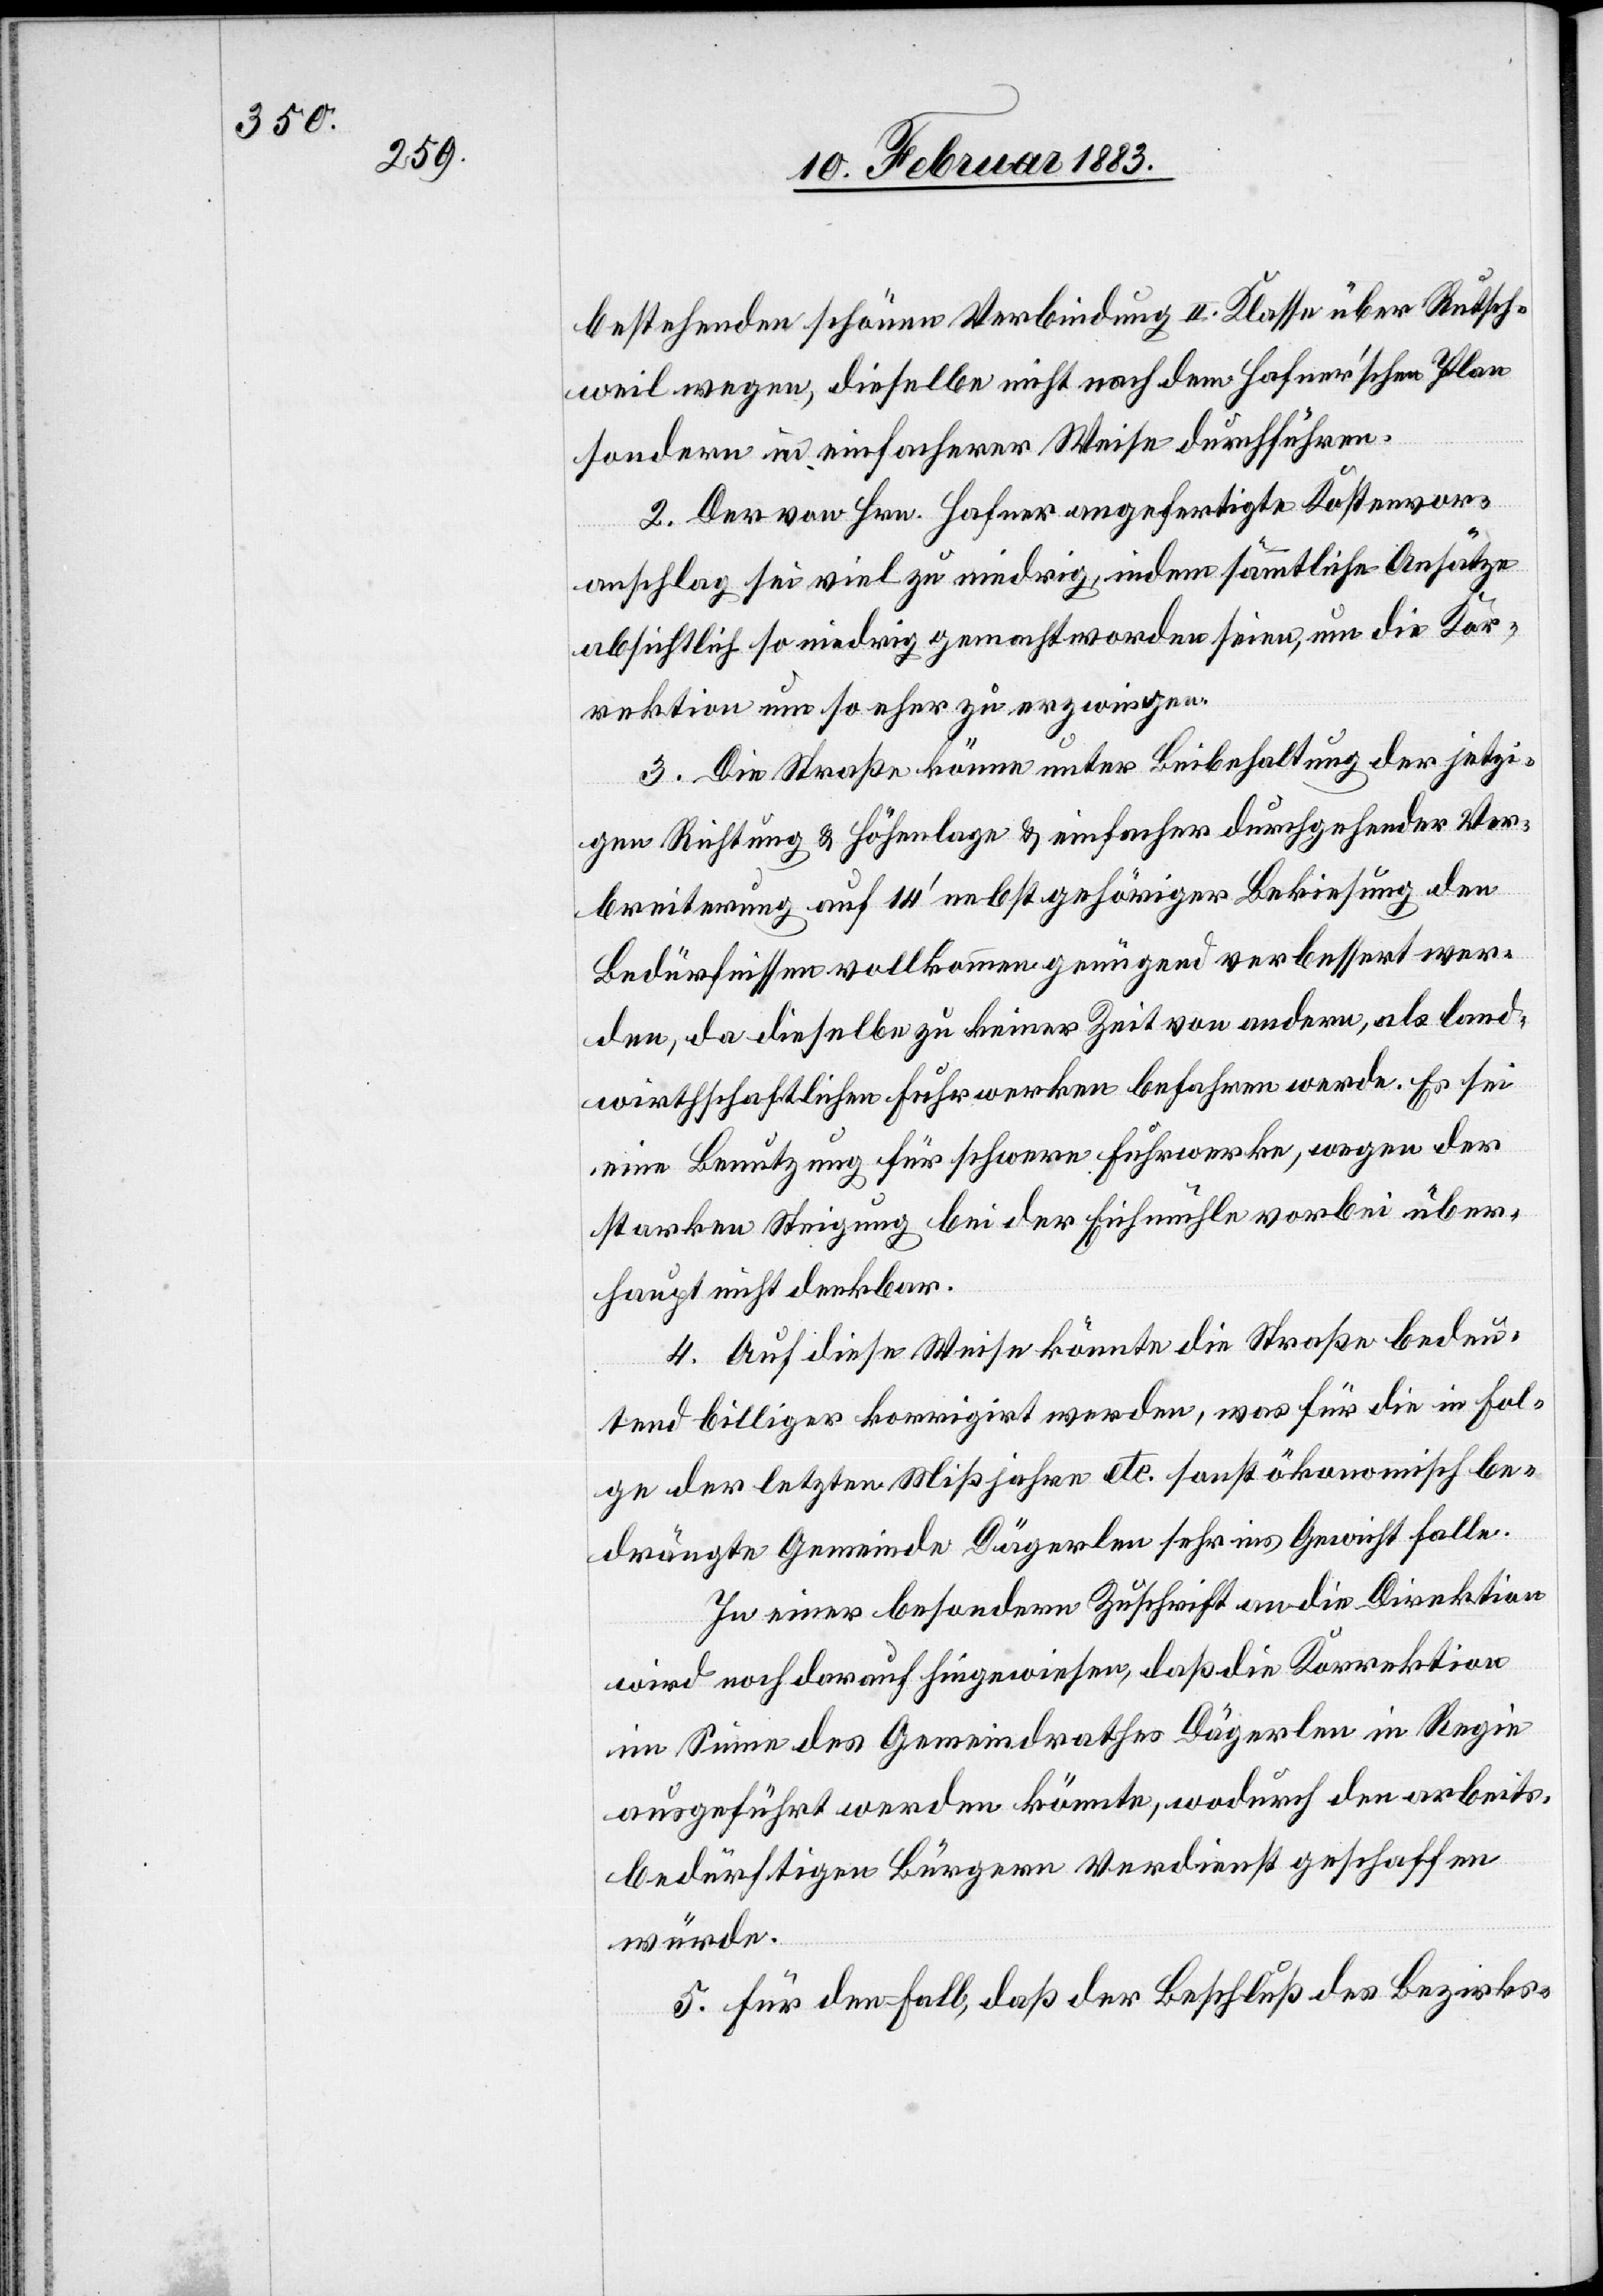
bestehenden schönen Verbindung II. Klasse über Rutsch¬
weil wegen, dieselbe nicht nach dem Hafnerʼschen Plan
sondern in einfacherer Weise durchführen.
2. Der von Hrn. Hafner angefertigte Kostenvor¬
anschlag sei viel zu niedrig, indem sämmtliche Ansätze
absichtlich so niedrig gemacht worden seien, um die Kor¬
rektion um so eher zu erzwingen.
3. Die Straße könne unter Beibehaltung der jetzi¬
gen Richtung & Höhenlage & einfacher durchgehender Ver¬
breiterung auf 14ʼ nebst gehöriger Bekiesung den
Bedürfnissen vollkommen genügend verbessert wer¬
den, da dieselbe zu keiner Zeit von andern, als land¬
wirthschaftlichen Fuhrwerken befahren werde. Es sei
eine Benutzung für schwere Fuhrwerke, wegen der
starken Steigung bei der Eichmühle vorbei über¬
haupt nicht denkbar.
4. Auf diese Weise könnte die Straße bedeu¬
tend billiger korrigirt werden, was für die in Fol¬
ge der letzten Mißjahre etc. sonst ökonomisch be¬
drängte Gemeinde Dägerlen sehr ins Gewicht falle.
In einer besondern Zuschrift an die Direktion
wird noch darauf hingewiesen, daß die Korrektion
im Sinne des Gemeindrathes Dägerlen in Regie
ausgeführt werden könnte, wodurch den arbeits¬
bedürftigen Bürgern Verdienst geschaffen
würde.
5. Für den Fall, daß der Beschluß des Bezirks-